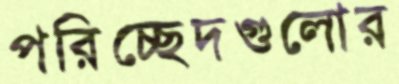
পরিচ্ছেদগুলোর